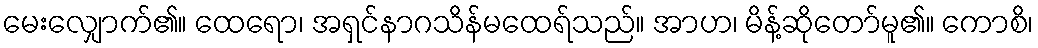
မေးလျှောက်၏။ ထေရော၊ အရှင်နာဂသိန်မထေရ်သည်။ အာဟ၊ မိန့်ဆိုတော်မူ၏။ ကောစိ၊